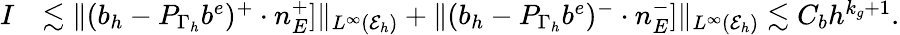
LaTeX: \begin{array}{rl}{I}&{\lesssim\| (b_{h}-{P}_{\Gamma_{h}}b^{e})^{+}\cdot n_{E}^{+}]\| _{L^{\infty}(\mathcal{E}_{h})}+\| (b_{h}-{P}_{\Gamma_{h}}b^{e})^{-}\cdot n_{E}^{-}]\| _{L^{\infty}(\mathcal{E}_{h})}\lesssim C_{b}h^{k_{g}+1}.}\end{array}